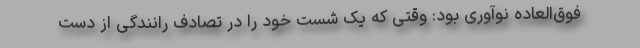
فوق‌العاده نوآوری بود: وقتی که یک شست خود را در تصادف رانندگی از دست